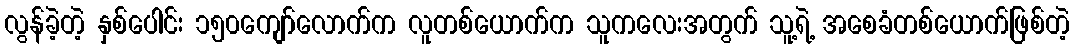
လွန်ခဲ့တဲ့ နှစ်ပေါင်း ၁၅၀ကျော်လောက်က လူတစ်ယောက်က သူကလေးအတွက် သူ့ရဲ့ အစေခံတစ်ယောက်ဖြစ်တဲ့